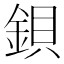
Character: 鋇